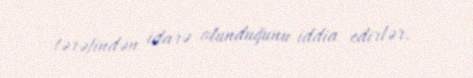
tərəfindən idarə olunduğunu iddia edirlər.